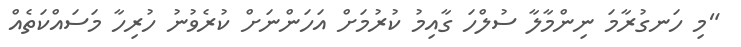
"މި ހަނގުރާމަ ނިންމާލާ ސުލްހަ ގާއިމު ކުރުމަށް އަހަންނަށް ކުރެވުނު ހުރިހާ މަސައްކަތެއް